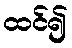
ထင်၍